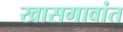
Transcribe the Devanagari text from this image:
खासगावांत